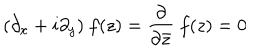
LaTeX: ( \partial _ { x } + i \partial _ { y } ) ~ f ( z ) = \frac { \partial } { \partial \bar { z } } ~ f ( z ) = 0